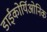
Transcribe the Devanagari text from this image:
डाईकोर्यिओनिक